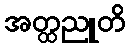
အတ္ထညူတိ